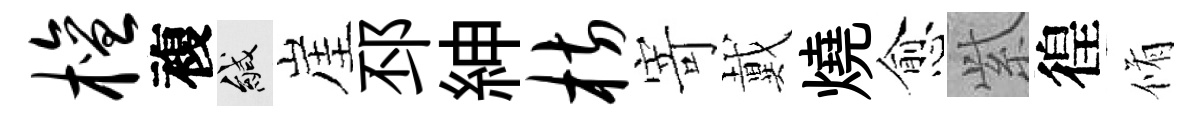
檀複緘崖邳紳枋寄戴燒愈𬗋徨脩